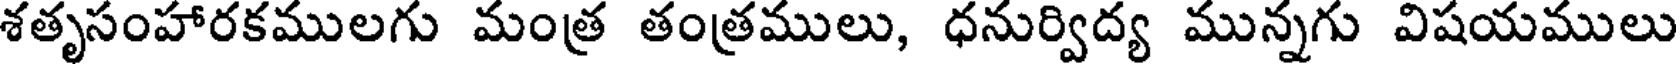
శతృసంహారకములగు మంత్ర తంత్రములు, ధనుర్విద్య మున్నగు విషయములు